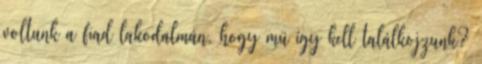
voltunk a fiad lakodalmán, hogy mü így kell találkojzunk?